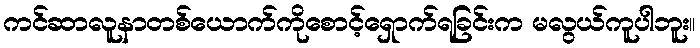
ကင်ဆာလူနာတစ်ယောက်ကိုစောင့်ရှောက်ရခြင်းက မလွယ်ကူပါဘူး။